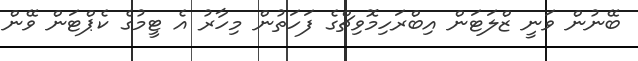
ބޭނުން ވަނީ ޒްލަޓަން އިބްރަހިމޮވިޗްގެ ފަހަތުން މިހާރު އެ ޓީމުގެ ކެޕްޓަން ވޭން